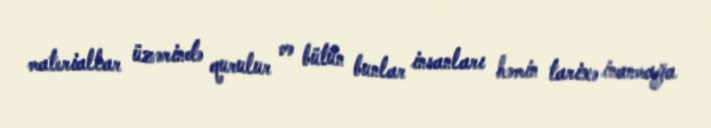
materiallar üzərində qurulur və bütün bunlar insanları həmin tarixə inanmağa